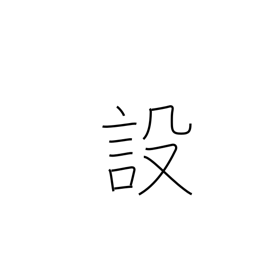
Meaning: provision